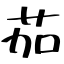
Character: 茄